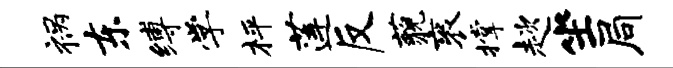
祸东缚学枰莲反藐衮撑趑坐局